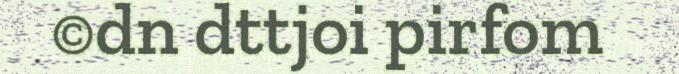
©dn dttjoi pirfom